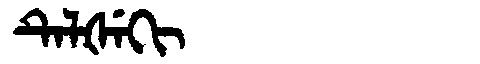
Manchu: ᡨᡝᠯᡧᡝᡴᡳ
Romanization: TELŠEKI